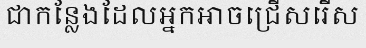
ជាកន្លែងដែលអ្នកអាចជ្រើសរើស